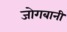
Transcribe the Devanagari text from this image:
जोगबानी